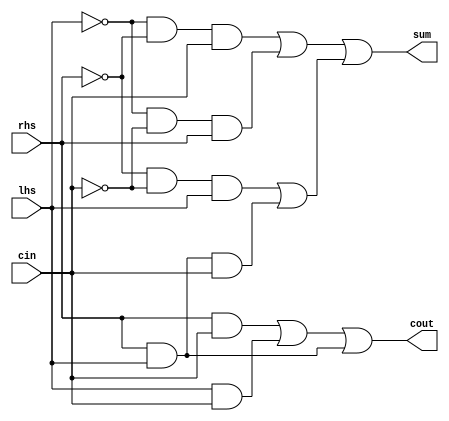
module OneBitFullAdderDirect(
  input wire lhs,
  input wire rhs,
  input wire cin,
  output wire sum,
  output wire cout
);

  // Invert inputs
  not(lhs_, lhs);
  not(rhs_, rhs);
  not(cin_, cin);

  // Compute sum products
  and(lhs_rhs_, lhs_, rhs_);
  and(lhs_cin_, lhs_, cin_);
  and(rhs_cin_, rhs_, cin_);
  and(rhslhs, rhs, lhs);

  and(lhs_rhs_cin, lhs_rhs_, cin);
  and(lhs_cin_rhs, lhs_cin_, rhs);
  and(rhs_cin_lhs, rhs_cin_, lhs);
  and(rhslhscin, rhslhs, cin);

  // Compute cout products
  and(rhs_and_cin, rhs, cin);
  and(lhs_and_cin, lhs, cin);
  and(lhs_and_rhs, lhs, rhs);

  // Compute sum sums
  or(left_sum_buffer, lhs_rhs_cin, lhs_cin_rhs);
  or(right_sum_buffer, rhs_cin_lhs, rhslhscin);
  or(sum, left_sum_buffer, right_sum_buffer);

  // Compute cout sums
  or(cout_buffer, rhs_and_cin, lhs_and_cin);
  or(cout, cout_buffer, lhs_and_rhs);

endmodule // OneBitFullAdderDirect


module FourBitAdder(
  input wire operation,
  input wire [3:0] lhs,
  input wire [3:0] rhs,
  output wire [3:0] sum,
  output wire cout,
  output wire overflow
);

  // Carry wires
  wire c0;
  wire c1;
  wire c2;

  // XOR the right hand side with the operation
  xor(rhs_0, rhs[0], operation);
  xor(rhs_1, rhs[1], operation);
  xor(rhs_2, rhs[2], operation);
  xor(rhs_3, rhs[3], operation);

  // Full adder modules
  OneBitFullAdderDirect adder_0(lhs[0], rhs_0, operation, sum[0], c0);
  OneBitFullAdderDirect adder_1(lhs[1], rhs_1, c0, sum[1], c1);
  OneBitFullAdderDirect adder_2(lhs[2], rhs_2, c1, sum[2], c2);
  OneBitFullAdderDirect adder_3(lhs[3], rhs_3, c2, sum[3], cout);

  // Compute overflow
  xor(overflow, cout, c2);

endmodule // FourBitAdder


module FourBitAdderTest;

  reg operation;
  reg signed [3:0] lhs;
  reg signed [3:0] rhs;
  wire signed [3:0] sum;
  wire cout;
  wire overflow;

  FourBitAdder fourBitAdder(operation, lhs, rhs, sum, cout, overflow);

  initial begin
    $monitor("op = %d, lhs = %d, rhs = %d, sum = %d, cout = %d, overflow = %d", operation, lhs, rhs, sum, cout, overflow);
    operation = 0; lhs = 5; rhs = 3;
    #20; operation = 0; lhs = 5; rhs = 0;
    #20; operation = 0; lhs = 5; rhs = -6;
    #20; operation = 1; lhs = 3; rhs = -3;
    #20; operation = 1; lhs = 4; rhs = 2;
    #20; operation = 0; lhs = 6; rhs = 7;
    #20; operation = 0; lhs = 0; rhs = 0;
    #20; operation = 1; lhs = 0; rhs = 0;
  end

endmodule // FourBitAdderTest